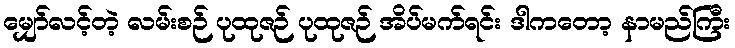
မျှော်လင့်တဲ့ လမ်းစဉ် ပုထုဇဉ် ပုထုဇဉ် အိပ်မက်ရင်း ဒါကတော့ နာမည်ကြီး